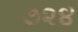
૭૨૪